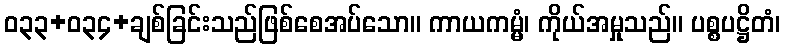
ဝ၃၃+၀၃၄+ချစ်ခြင်းသည်ဖြစ်စေအပ်သော။ ကာယကမ္မံ၊ ကိုယ်အမှုသည်။ ပစ္စပဋ္ဌိတံ၊